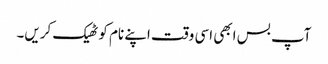
آپ بس ابھی اسی وقت اپنے نام کو ٹھیک کریں۔